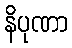
နိပုဏာ